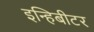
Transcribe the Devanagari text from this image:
इन्हिबीटर